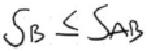
$S_{B}\leq S_{AB}$